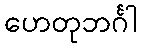
ဟေတုဘင်္ဂါ